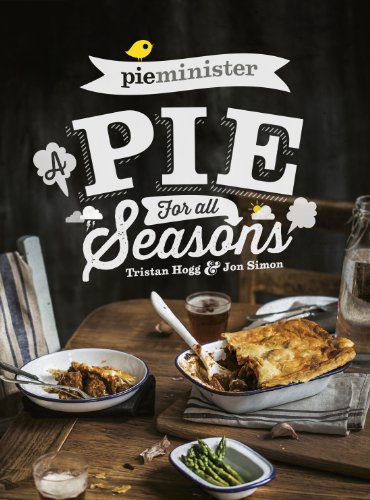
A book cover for Pieminister: A Pie for All Seasons; Tristan Hogg; Cookbooks, Food & Wine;